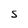
Character: s